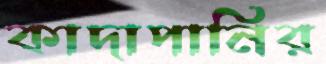
কাদাপানির